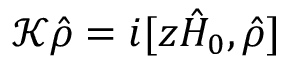
\begin{array} { r } { \mathcal { K } \hat { \rho } = i [ z \hat { H } _ { 0 } , \hat { \rho } ] } \end{array}